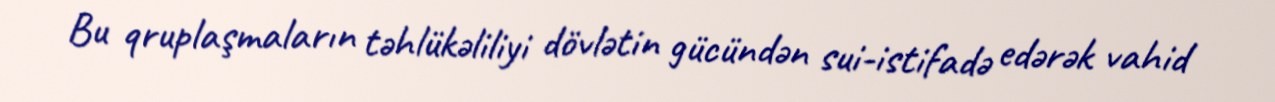
Bu qruplaşmaların təhlükəliliyi dövlətin gücündən sui-istifadə edərək vahid